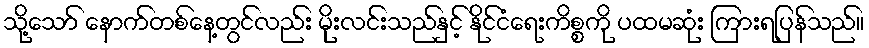
သို့သော် နောက်တစ်နေ့တွင်လည်း မိုးလင်းသည်နှင့် နိုင်ငံရေးကိစ္စကို ပထမဆုံး ကြားရပြန်သည်။